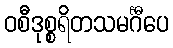
ဝစီဒုစ္စရိတသမင်္ဂီပေ